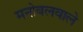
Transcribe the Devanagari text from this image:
मनोबलवाले